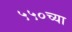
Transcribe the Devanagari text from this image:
५५०च्या